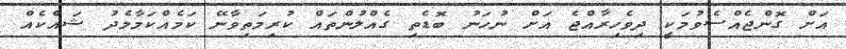
އަށް ގޮންޖެއްސެވުމަކީ ދިވެހިރާއްޖެ އަށް ނުހަނު ބޮޑެތި ގެއްލުންތައް ކުރިމަތިވާނޭ ކަމެއްކަމާމެދު ޝައްކެއް